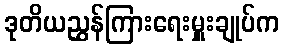
ဒုတိယညွှန်ကြားရေးမှူးချုပ်က